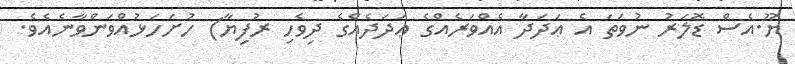
ޔޫ.އެސް ޑޮލަރު ނުވަތަ އެ ޢަދަދާ އެއްވަރެއްގެ ޢަދަދެއްގެ ދިވެހި ރުފިޔާ) ހުށަހަޅުއްވަންވާނެއެވެ.